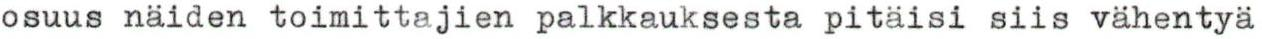
osuus näiden toimittajien palkkauksesta pitäisi siis vähentyä